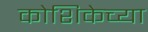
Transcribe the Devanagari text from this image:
कोशिकेच्या